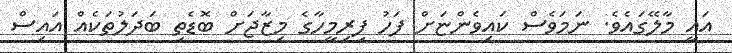
އައީ މާލޭގައެވެ. ނަމަަވެސް ކައިިވެންޏަށް ފަހު ފިރިމީހާގެ މިޒާޖަށް ބޮޑެތި ބަދަލުތަކެއް އައިސް